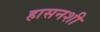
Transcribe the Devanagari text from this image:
हासनशी